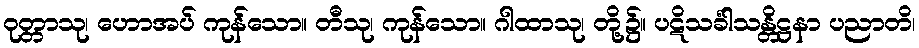
ဝုတ္တာသု၊ ဟောအပ် ကုန်သော။ တီသု၊ ကုန်သော။ ဂါထာသု၊ တို့၌။ ပဋိသင်္ခါသန္တိဋ္ဌနာ ပညာတိ၊